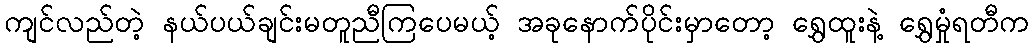
ကျင်လည်တဲ့ နယ်ပယ်ချင်းမတူညီကြပေမယ့် အခုနောက်ပိုင်းမှာတော့ ရွှေထူးနဲ့ ရွှေမှုံရတီက